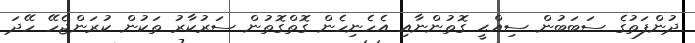
ދުންފަތުގެ ސަބަބުން ސިއްޙީ ގޮތުންނާއި އެހެނިހެން ގޮތްގޮތުން ސަރުކާރު ތަކުން ކުރަންޖެހޭ ހޭދަ